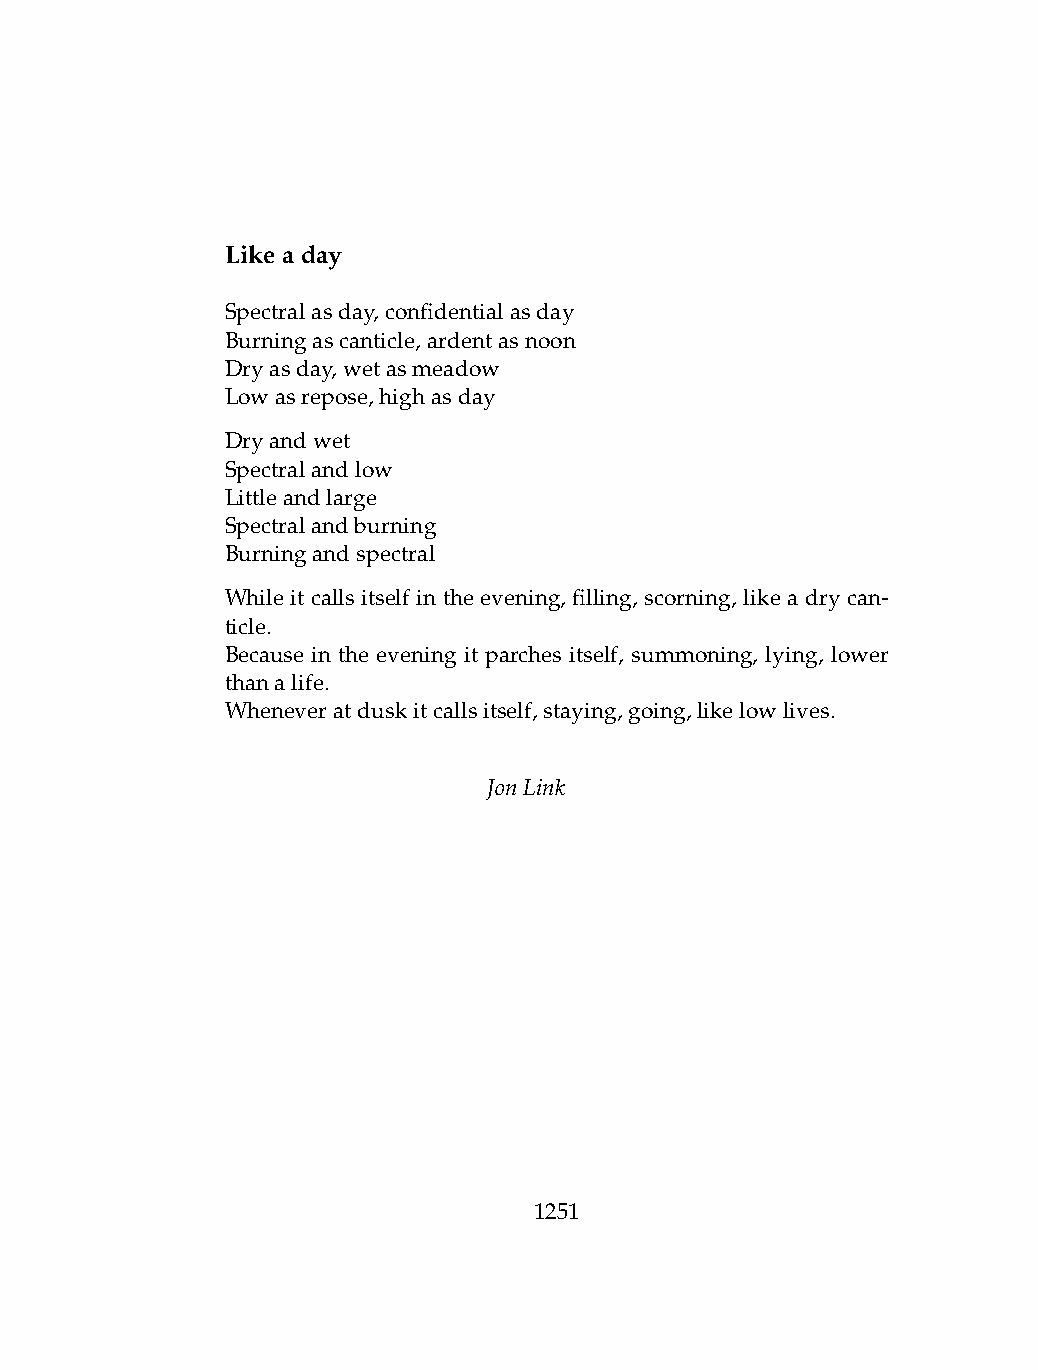
Likeaday
 Spectralasday,confidentialasday
 Burningascanticle,ardentasnoon
 Dryasday,wetasmeadow
 Lowasrepose,highasday
 Dryandwet
 Spectralandlow
 Littleandlarge
 Spectralandburning
 Burningandspectral
 While it calls itself in the evening, filling, scorning, like a dry can-
 ticle.
 Because in the evening it parches itself, summoning, lying, lower
 thanalife.
 Wheneveratduskitcallsitself,staying,going,likelowlives.
 JonLink
 1251